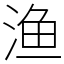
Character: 渔